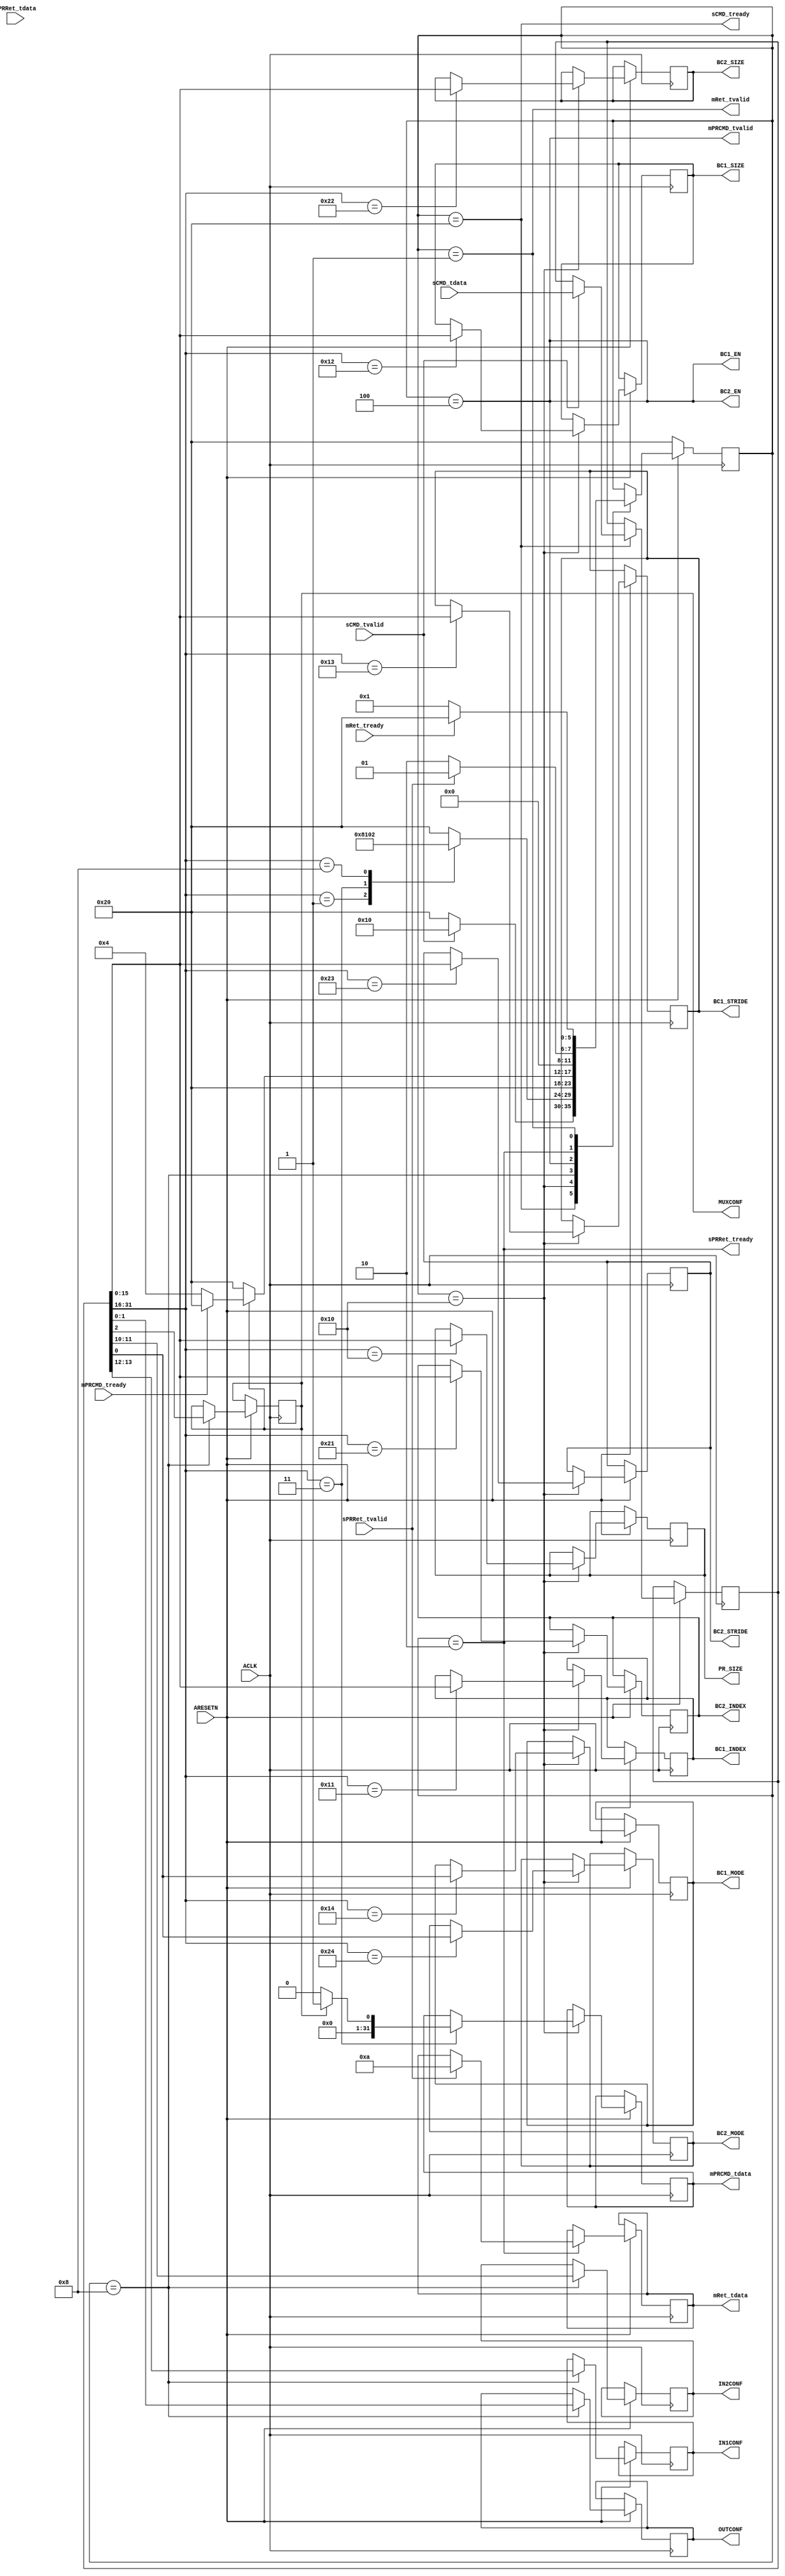
`timescale 1ns / 1ps

module sfa_control (
  output wire             sCMD_tready   ,
  input  wire             sCMD_tvalid   ,
  input  wire  [31 : 0]   sCMD_tdata    ,

  input  wire             mRet_tready   ,
  output wire             mRet_tvalid   ,
  output wire  [31 : 0]   mRet_tdata    ,

  output wire             sPRRet_tready ,
  input  wire             sPRRet_tvalid ,
  input  wire  [31 : 0]   sPRRet_tdata  ,

  input  wire             mPRCMD_tready ,
  output wire             mPRCMD_tvalid ,
  output wire  [31 : 0]   mPRCMD_tdata  ,

  output wire             BC1_EN        ,
  output wire  [15 : 0]   BC1_INDEX     ,
  output wire  [15 : 0]   BC1_SIZE      ,
  output wire  [15 : 0]   BC1_STRIDE    ,
  output wire             BC1_MODE      ,

  output wire             BC2_EN        ,
  output wire  [15 : 0]   BC2_INDEX     ,
  output wire  [15 : 0]   BC2_SIZE      ,
  output wire  [15 : 0]   BC2_STRIDE    ,
  output wire             BC2_MODE      ,

  output wire  [15 : 0]   PR_SIZE       ,

  output wire  [ 1 : 0]   IN1CONF       ,
  output wire  [ 1 : 0]   IN2CONF       ,
  output wire             MUXCONF       ,
  output wire  [ 1 : 0]   OUTCONF       ,

  input  wire             ACLK          ,
  input  wire             ARESETN
);


  localparam Fetch           = 6'b100000; // 32
  localparam Decode          = 6'b010000; // 16
  localparam VAMSET          = 6'b001000; // 08
  localparam VAMSTART        = 6'b000100; // 04
  localparam VAMDONE         = 6'b000010; // 02
  localparam Write_Back      = 6'b000001; // 01

  localparam VSET          = 16'h1;
  localparam VSTART        = 16'h3;
  localparam VDONE         = 16'h8;
  localparam VPR_SIZE      = 16'h10;
  localparam VBC1_INDEX    = 16'h11;
  localparam VBC1_SIZE     = 16'h12;
  localparam VBC1_STRIDE   = 16'h13;
  localparam VBC1_MODE     = 16'h14;
  localparam VBC2_INDEX    = 16'h21;
  localparam VBC2_SIZE     = 16'h22;
  localparam VBC2_STRIDE   = 16'h23;
  localparam VBC2_MODE     = 16'h24;

  reg [ 5:0] state       ;
  reg [31:0] instruction ;
  reg [31:0] ret         ;
  reg [31:0] rPRSTART    ;
  reg [31:0] rPRDONE     ;

  assign sCMD_tready   = (state == Fetch);
  assign mRet_tvalid   = (state == Write_Back);
  assign sPRRet_tready = (state == VAMDONE);
  assign mPRCMD_tvalid = (state == VAMSTART);
  assign BC1_EN        = (state == VAMSTART);
  assign BC2_EN        = (state == VAMSTART);

  assign mRet_tdata   = ret;
  assign mPRCMD_tdata = rPRSTART;

  // reg [15:0] OPCODE;
  reg [1:0]  rIN1;
  reg [1:0]  rIN2;
  reg        rMUX;
  reg [1:0]  rOUT;

  reg [15:0] rPR_SIZE    ;
  reg [15:0] rBC1_INDEX  ;
  reg [15:0] rBC1_SIZE   ;
  reg [15:0] rBC1_STRIDE ;
  reg        rBC1_MODE   ;
  reg [15:0] rBC2_INDEX  ;
  reg [15:0] rBC2_SIZE   ;
  reg [15:0] rBC2_STRIDE ;
  reg        rBC2_MODE   ;

  assign IN1CONF    = rIN1;
  assign IN2CONF    = rIN2;
  assign MUXCONF    = rMUX;
  assign OUTCONF    = rOUT;

  assign PR_SIZE    = rPR_SIZE   ;

  assign BC1_INDEX  = rBC1_INDEX ;
  assign BC1_SIZE   = rBC1_SIZE  ;
  assign BC1_STRIDE = rBC1_STRIDE;
  assign BC1_MODE   = rBC1_MODE  ;

  assign BC2_INDEX  = rBC2_INDEX ;
  assign BC2_SIZE   = rBC2_SIZE  ;
  assign BC2_STRIDE = rBC2_STRIDE;
  assign BC2_MODE   = rBC2_MODE  ;

  // assign OPCODE  = instruction[31:16];

  always @(posedge ACLK)
  begin
    if(!ARESETN) begin
      state <= Fetch;
    end
    else begin
      case (state)
        Fetch: begin
          if (sCMD_tvalid == 1) begin
            instruction  <= sCMD_tdata;
            state        <= Decode;
          end
          else begin
            state        <= Fetch;
          end
        end

        Decode: begin
          case (instruction[31:16])
            VSET        : state <= VAMSET;
            VSTART      : begin
              if (MUXCONF) begin
                rPRSTART <= 32'd1;
              end
              else begin
                rPRSTART <= 32'd0;
              end
              state <= VAMSTART;
            end
            VDONE       : state <= VAMDONE;
            VPR_SIZE  : begin
              rPR_SIZE    <= instruction[15:0];
              state       <= Fetch;
            end
            VBC1_INDEX  : begin
              rBC1_INDEX  <= instruction[15:0];
              state       <= Fetch;
            end
            VBC1_SIZE   : begin
              rBC1_SIZE   <= instruction[15:0];
              state       <= Fetch;
            end
            VBC1_STRIDE : begin
              rBC1_STRIDE <= instruction[15:0];
              state       <= Fetch;
            end
            VBC1_MODE : begin
              rBC1_MODE   <= instruction[0];
              state       <= Fetch;
            end
            VBC2_INDEX  : begin
              rBC2_INDEX  <= instruction[15:0];
              state       <= Fetch;
            end
            VBC2_SIZE   : begin
              rBC2_SIZE   <= instruction[15:0];
              state       <= Fetch;
            end
            VBC2_STRIDE : begin
              rBC2_STRIDE <= instruction[15:0];
              state       <= Fetch;
            end
            VBC2_MODE : begin
              rBC2_MODE   <= instruction[0];
              state       <= Fetch;
            end
            default: begin
              state       <= Fetch;
            end
          endcase
        end

        VAMSET: begin
          rIN1  <=  instruction[13:12] ;
          rIN2  <=  instruction[11:10] ;
          rMUX  <=  instruction[2]     ;
          rOUT  <=  instruction[1:0]   ;
          state <=  Fetch;
        end

        VAMSTART: begin
          if (MUXCONF) begin
            if(mPRCMD_tready == 1) begin
              state <= Fetch;
            end
            else begin
              state <= VAMSTART;
            end
          end
          else begin
            state <= Fetch;
          end
        end

        VAMDONE: begin
          if (sPRRet_tvalid == 1) begin
            rPRDONE <= sPRRet_tdata;
            ret     <= 32'd10      ;
            state   <= Write_Back  ;
          end
          else begin
            state <= VAMDONE;
          end
        end

        Write_Back: begin
          if (mRet_tready == 1) begin
            state        <= Fetch;
          end
          else begin
            state        <= Write_Back;
          end
        end
      endcase
    end
  end
endmodule